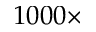
1 0 0 0 \times